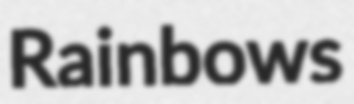
Rainbows